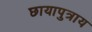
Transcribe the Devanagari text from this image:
छायापुत्राय